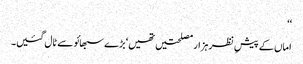
‘‘
اماں کے پیشِ نظر ہزار مصلحتیں تھیں‘ بڑے سبھائو سے ٹال گئیں۔